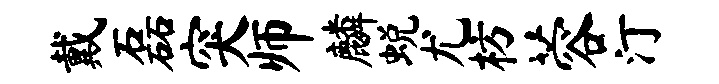
戴磊突师麟蜕尤枋蓉汀